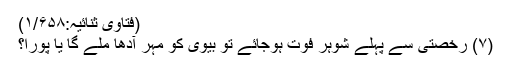
(فتاوی ثنائیہ:۱/۶۵۸)
(۷) رخصتی سے پہلے شوہر فوت ہوجائے تو بیوی کو مہر آدھا ملے گا یا پورا؟